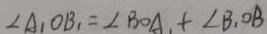
\angle A _ { 1 } O B _ { 1 } = \angle B O A _ { 1 } + \angle B _ { 1 } O B